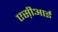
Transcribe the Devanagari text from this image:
एस़ीआई